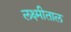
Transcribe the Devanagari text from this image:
लक्ष्मीताल